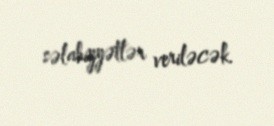
səlahiyyətlər veriləcək.